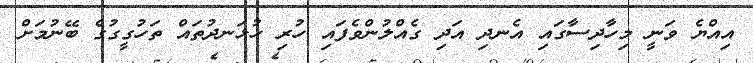
އިއްޔެ ވަނީ މިހާދިސާގައި އެނދި އަދި ގެއްލުންވެފައި ހުރި ހުޅަނދުތައް ތަހުގީގުގެ ބޭނުމަށް